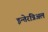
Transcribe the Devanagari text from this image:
इन्तेरत्रिअल